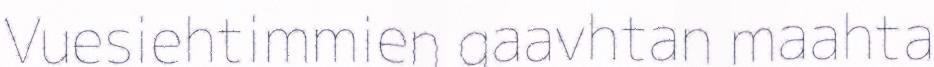
Vuesiehtimmien gaavhtan maahta